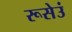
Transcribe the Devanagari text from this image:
रूसेउं